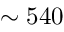
\sim 5 4 0